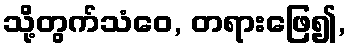
သို့တွက်သံဝေ, တရားဖြေ၍,